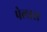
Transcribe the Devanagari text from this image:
पेलारा